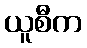
ယူစီက